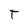
Character: t